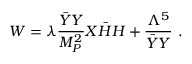
W = \lambda \frac { \bar { Y } Y } { M _ { P } ^ { 2 } } X \bar { H } H + \frac { \Lambda ^ { 5 } } { \bar { Y } Y } ~ .